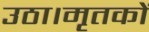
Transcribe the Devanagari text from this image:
उठा।मृतकों